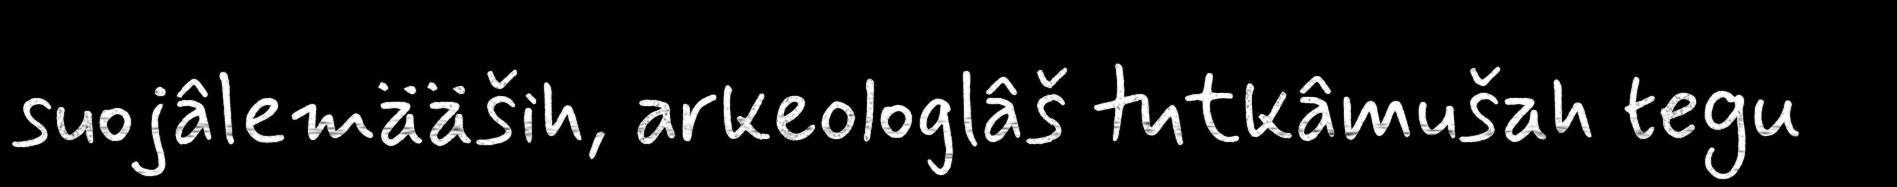
suojâlemääših, arkeologlâš tutkâmušah tegu